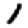
Digit: 1